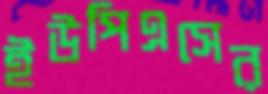
ইউপিএসের